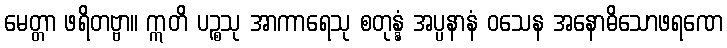
မေတ္တာ ဖရိတဗ္ဗာ။ ဣတိ ပဉ္စသု အာကာရေသု စတုန္နံ အပ္ပနာနံ ဝသေန အနောဓိသောဖရဏေ